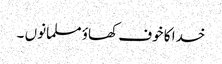
خدا کا خوف کھاؤ مسلمانوں ۔